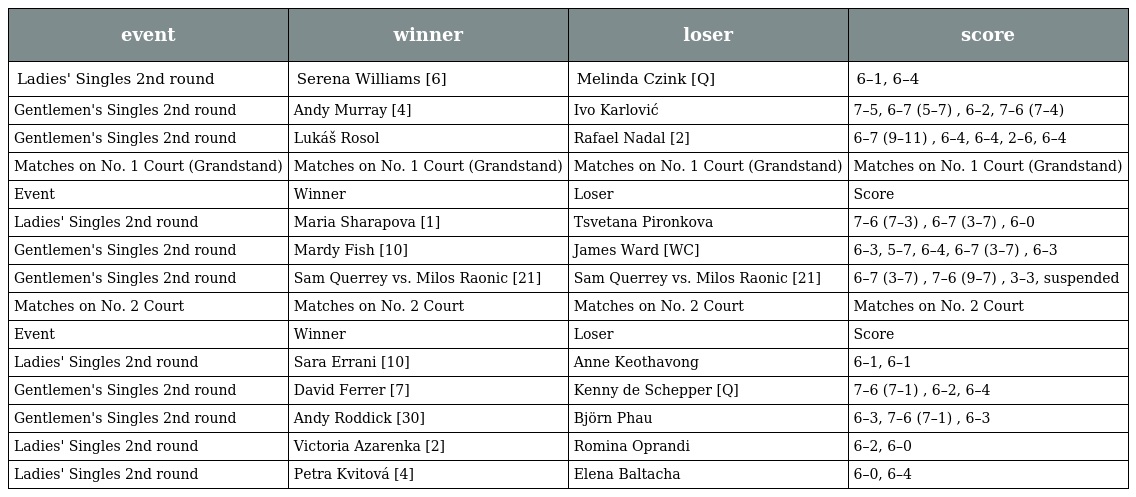
| event | winner | loser | score |
 | --- | --- | --- | --- |
 | Ladies' Singles 2nd round | Serena Williams [6] | Melinda Czink [Q] | 6–1, 6–4 |
 | Gentlemen's Singles 2nd round | Andy Murray [4] | Ivo Karlović | 7–5, 6–7 (5–7) , 6–2, 7–6 (7–4) |
 | Gentlemen's Singles 2nd round | Lukáš Rosol | Rafael Nadal [2] | 6–7 (9–11) , 6–4, 6–4, 2–6, 6–4 |
 | Matches on No. 1 Court (Grandstand) | Matches on No. 1 Court (Grandstand) | Matches on No. 1 Court (Grandstand) | Matches on No. 1 Court (Grandstand) |
 | Event | Winner | Loser | Score |
 | Ladies' Singles 2nd round | Maria Sharapova [1] | Tsvetana Pironkova | 7–6 (7–3) , 6–7 (3–7) , 6–0 |
 | Gentlemen's Singles 2nd round | Mardy Fish [10] | James Ward [WC] | 6–3, 5–7, 6–4, 6–7 (3–7) , 6–3 |
 | Gentlemen's Singles 2nd round | Sam Querrey vs. Milos Raonic [21] | Sam Querrey vs. Milos Raonic [21] | 6–7 (3–7) , 7–6 (9–7) , 3–3, suspended |
 | Matches on No. 2 Court | Matches on No. 2 Court | Matches on No. 2 Court | Matches on No. 2 Court |
 | Event | Winner | Loser | Score |
 | Ladies' Singles 2nd round | Sara Errani [10] | Anne Keothavong | 6–1, 6–1 |
 | Gentlemen's Singles 2nd round | David Ferrer [7] | Kenny de Schepper [Q] | 7–6 (7–1) , 6–2, 6–4 |
 | Gentlemen's Singles 2nd round | Andy Roddick [30] | Björn Phau | 6–3, 7–6 (7–1) , 6–3 |
 | Ladies' Singles 2nd round | Victoria Azarenka [2] | Romina Oprandi | 6–2, 6–0 |
 | Ladies' Singles 2nd round | Petra Kvitová [4] | Elena Baltacha | 6–0, 6–4 |